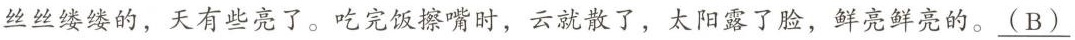
丝丝缕缕的，天有些亮了。吃完饭擦嘴时，云就散了，太阳露了脸，鲜亮鲜亮的。\underline{(B)}